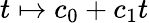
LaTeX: t\mapsto c_{0}+c_{1}t